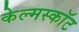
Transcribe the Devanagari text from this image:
केल्मस्काॅट